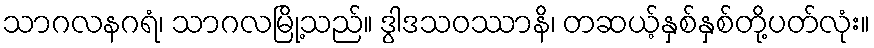
သာဂလနဂရံ၊ သာဂလမြို့သည်။ ဒွါဒသဝဿာနိ၊ တဆယ့်နှစ်နှစ်တို့ပတ်လုံး။